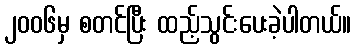
၂၀၀၆မှ စတင်ပြီး ထည့်သွင်းပေးခဲ့ပါတယ်။